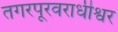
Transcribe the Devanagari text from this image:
तगरपूरवराधीश्वर